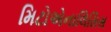
મિટોએનાલિસિસ